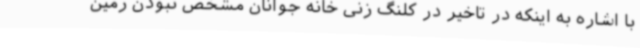
با اشاره به اینکه در تاخیر در کلنگ زنی خانه جوانان مشخص نبودن زمین